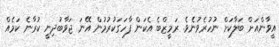
އީވާންއަށް ބަލާކަށް ނުހުރެވުނެވެ. ރަމީޒްބެ އެކަން ފާހަގަކުރުމުން އޭނަ ޖަވާބުދިނީ ކުރާނެ ކަމެއް